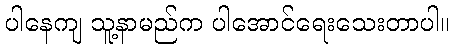
ပါနေကျ သူ့နာမည်က ပါအောင်ရေးသေးတာပါ။